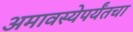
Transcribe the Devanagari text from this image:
अमावस्येपर्यंतचा